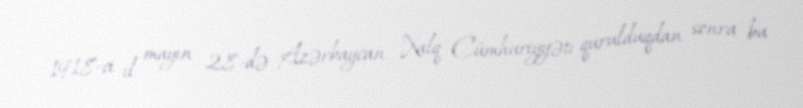
1918-ci il mayın 28-də Azərbaycan Xalq Cümhuriyyəti qurulduqdan sonra bu